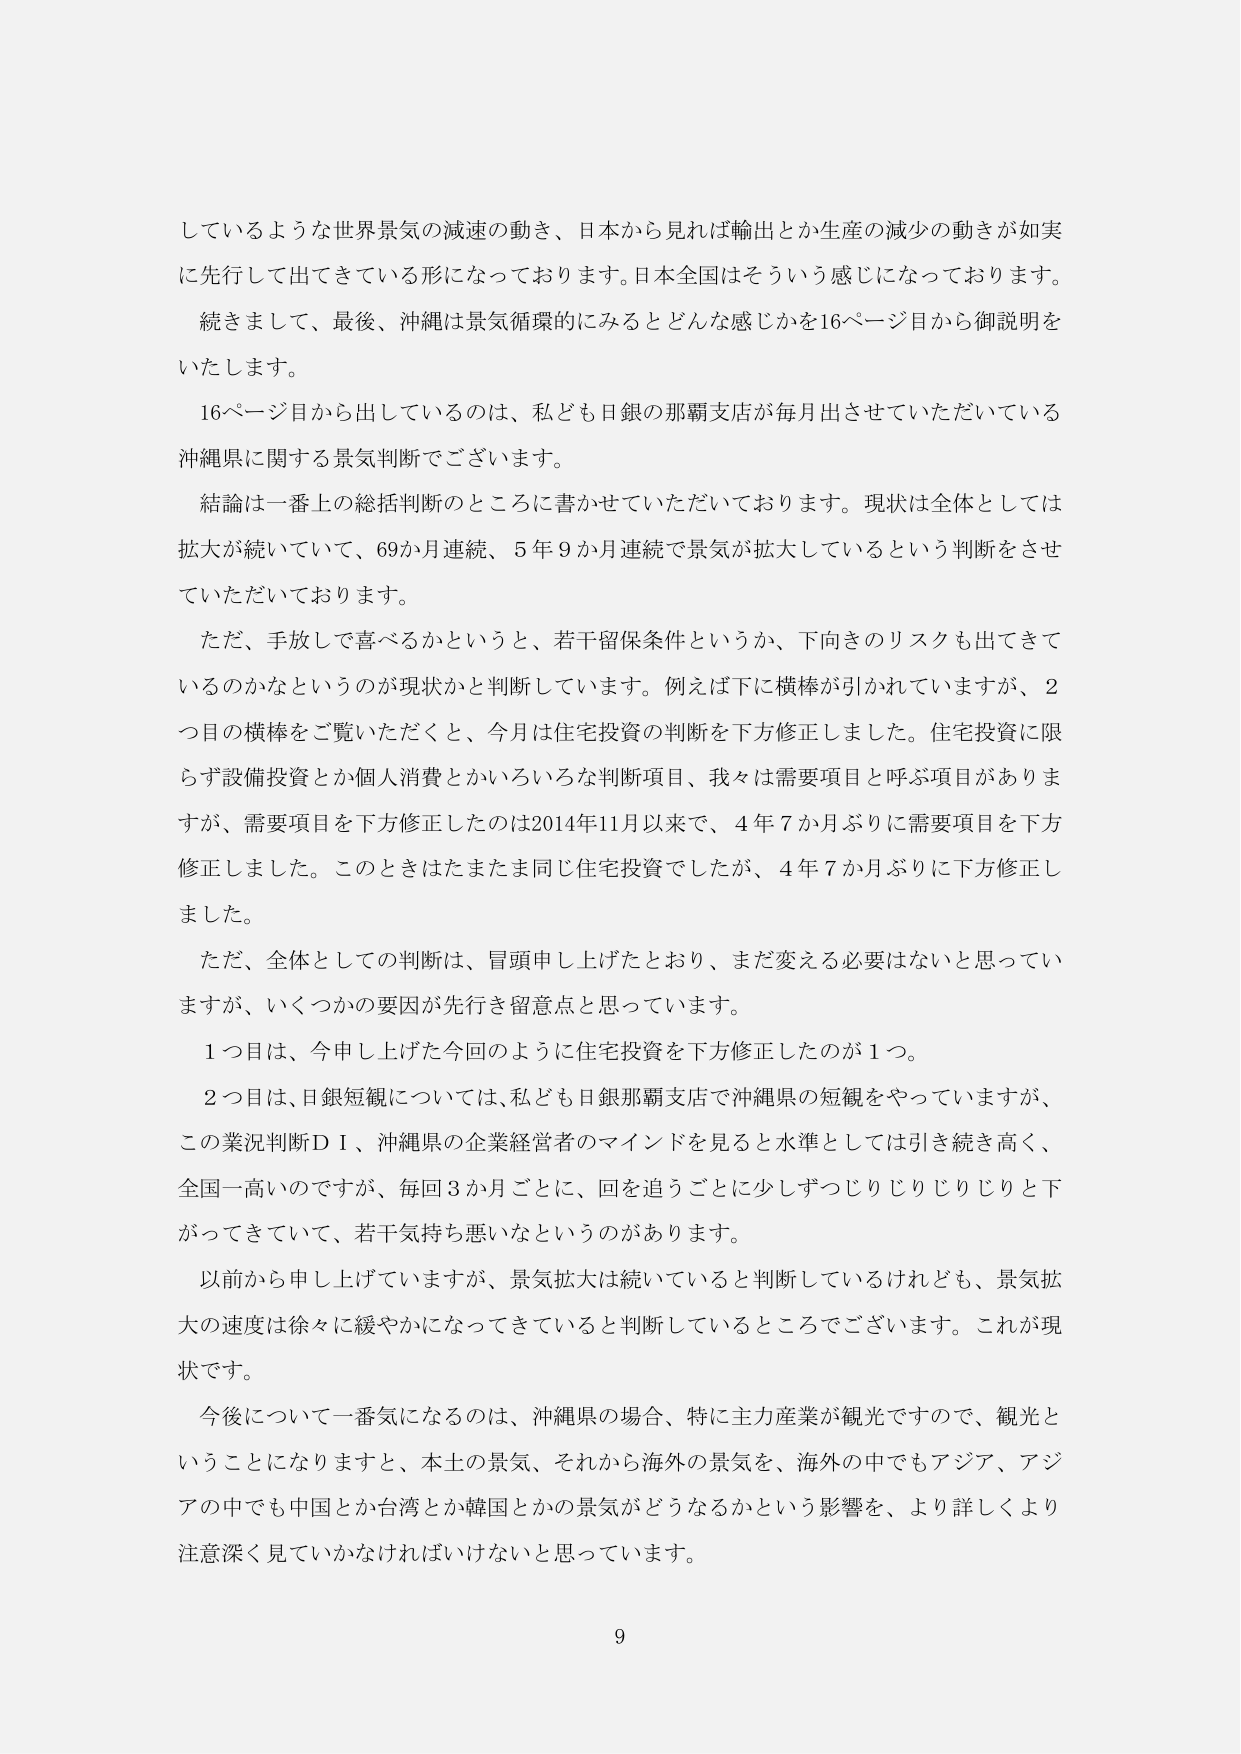
しているような世界景気の減速の動き、日本から見れば輸出とか生産の減少の動きが如実に先行して出てきている形になっております。日本全国はそういう感じになっております。

続きまして、最後、沖縄は景気循環的にみるとどんな感じかを16ページ目から御説明をいたします。

16ページ目から出しているのは、私ども日銀の那覇支店が毎月出させていただいている沖縄県に関する景気判断でございます。

結論は一番上の総括判断のところに書かせていただいております。現状は全体としては拡大が続いていて、69か月連続、5年9か月連続で景気が拡大しているという判断をさせていただいております。

ただ、手放しで喜べるかというと、若干留保条件というか、下向きのリスクも出てきているのかなというのが現状かと判断しています。例えば下に横棒が引かれていますが、2つ目の横棒をご覧いただくと、今月は住宅投資の判断を下方修正しました。住宅投資に限らず設備投資とか個人消費とかいろいろな判断項目、我々は需要項目と呼ぶ項目がありますが、需要項目を下方修正したのは2014年11月以来で、4年7か月ぶりに需要項目を下方修正しました。このときはたまたま同じ住宅投資でしたが、4年7か月ぶりに下方修正しました。

ただ、全体としての判断は、冒頭申し上げたとおり、まだ変える必要はないと思っていますが、いくつかの要因が先行き留意点と思っています。

1つ目は、今申し上げた今回のように住宅投資を下方修正したのが1つ。

2つ目は、日銀短観については、私ども日銀那覇支店で沖縄県の短観をやっていますが、この業況判断ＤＩ、沖縄県の企業経営者のマインドを見ると水準としては引き続き高く、全国一高いのですが、毎回3か月ごとに、回を追うごとに少しずつじりじりじりと下がってきていて、若干気持ち悪いなというのがあります。

以前から申し上げていますが、景気拡大は続いていると判断しているけれども、景気拡大の速度は徐々に緩やかになってきていると判断しているところでございます。これが現状です。

今後について一番気になるのは、沖縄県の場合、特に主力産業が観光ですので、観光ということになりますと、本土の景気、それから海外の景気を、海外の中でもアジア、アジアの中でも中国とか台湾とか韓国とかの景気がどうなるかという影響を、より詳しくより注意深く見ていかなければならないと思っています。

9